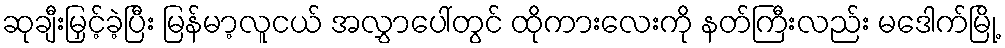
ဆုချီးမြှင့်ခဲ့ပြီး မြန်မာ့လူငယ် အလွှာပေါ်တွင် ထိုကားလေးကို နတ်ကြီးလည်း မဒေါက်မြို့